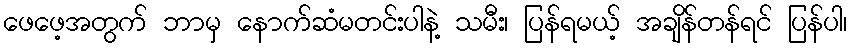
ဖေဖေ့အတွက် ဘာမှ နောက်ဆံမတင်းပါနဲ့ သမီး၊ ပြန်ရမယ့် အချိန်တန်ရင် ပြန်ပါ၊